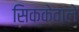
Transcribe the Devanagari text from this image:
सिक्केवाले